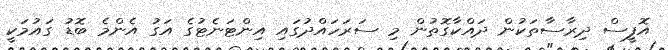
އޮފީސް ދިރާސާތަކުން ދައްކާގޮތުން މި ސަރަހައްދުގައި އިންޓަނެޓުގެ އަގު އެންމެ ބޮޑު ގައުމަކީ